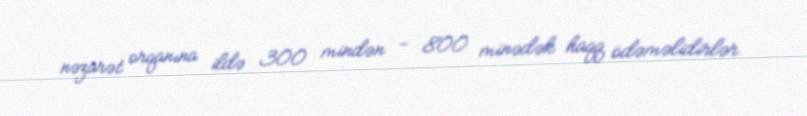
nəzarət orqanına ildə 300 mindən - 800 minədək haqq ödəməlidirlər.